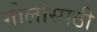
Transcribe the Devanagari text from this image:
गोलांसाठी